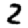
Digit: 2